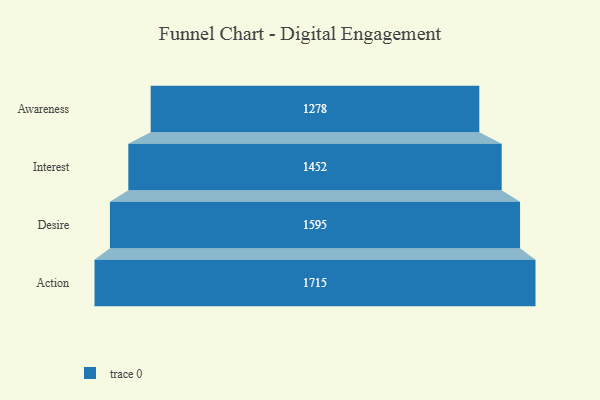
{"axis": {"x": "Stage", "y": "Value"}, "legend": [""], "data": [{"x": "Awareness", "y": 1278.0, "type": ""}, {"x": "Interest", "y": 1452.0, "type": ""}, {"x": "Desire", "y": 1595.0, "type": ""}, {"x": "Action", "y": 1715.0, "type": ""}]}